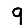
Digit: 9